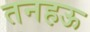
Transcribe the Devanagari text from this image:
तनहऊ